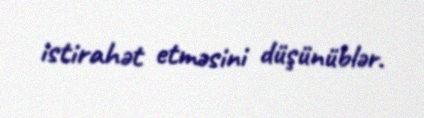
istirahət etməsini düşünüblər.